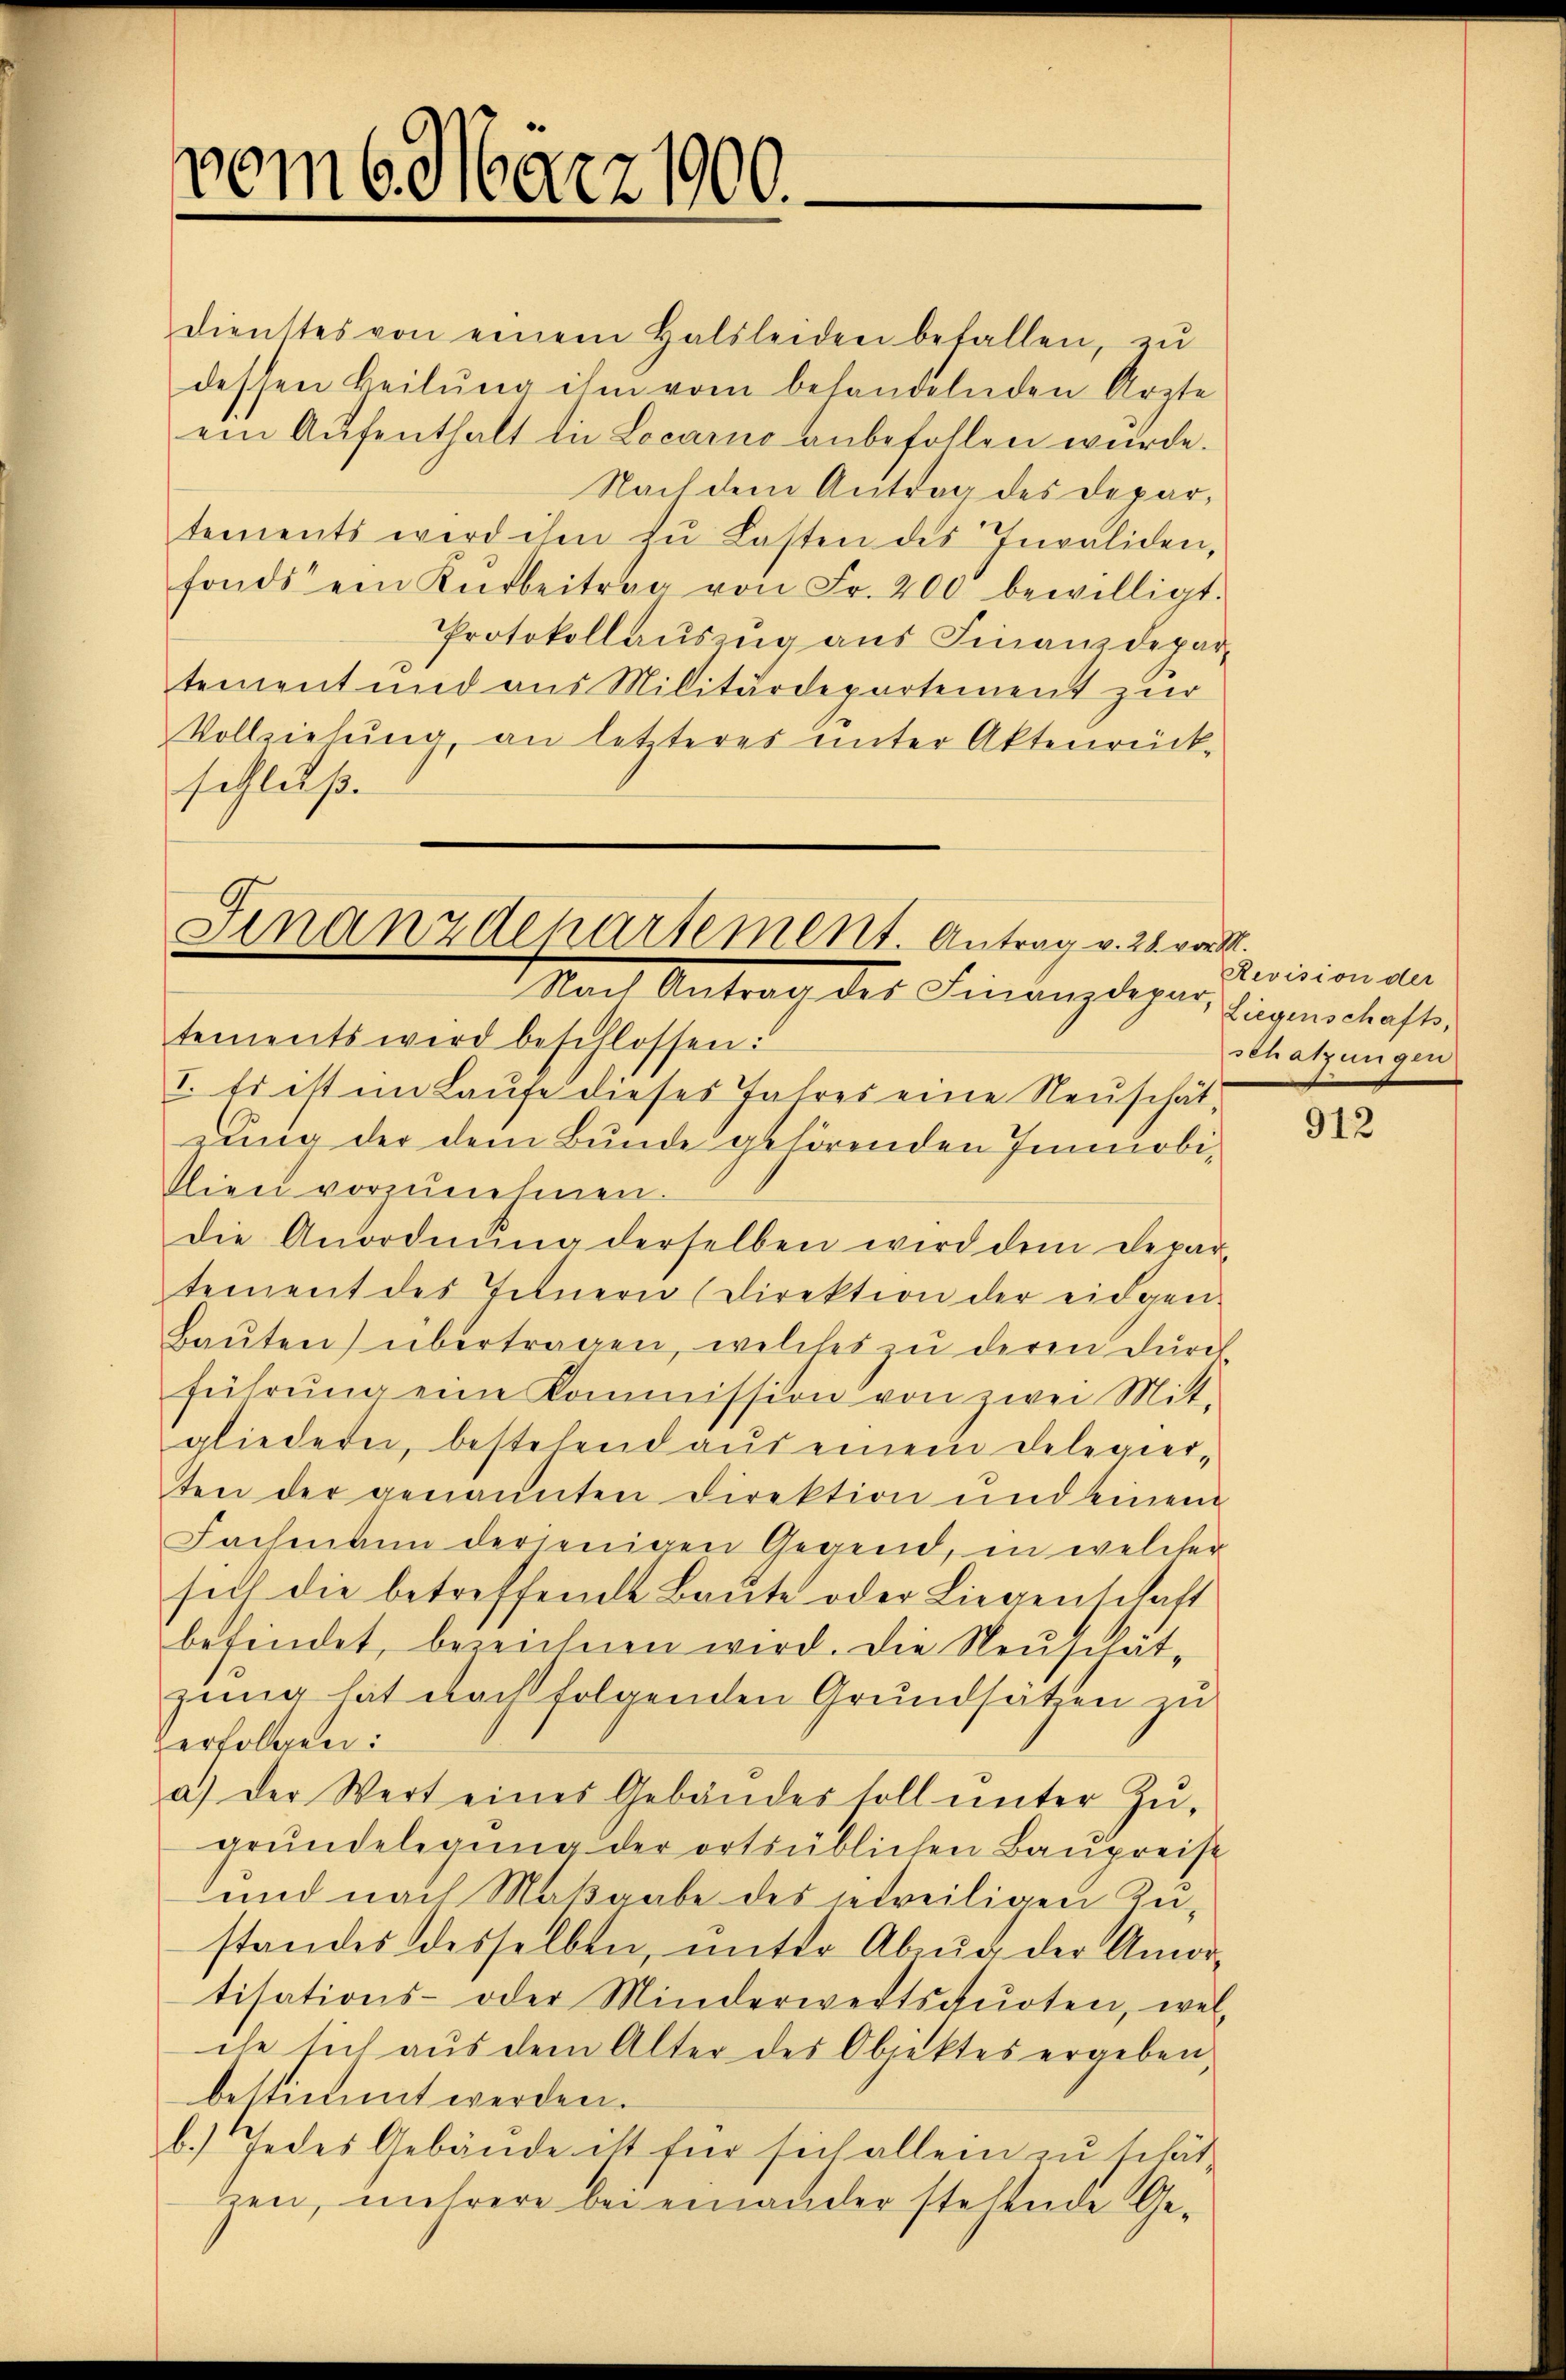
vom 6. März 1900.

dienstes von einem Halsleiden befallen, zŭ
dessen Heilung ihm vom behandelnden Ärzte
ein Aŭfenthalt die Locarne anbefollen würde.
Nach dem Antrag des Departements wird ihm zŭ Lasten des Invaliden,
fonds ein Kŭrbeitrag von Fr. 200 bewilligt.
Protokollauszug aus Finanzdepartement und aus Militärdepartement zur
Vollziehung an letzteres unter Aktenrück-
schluß.

Finanzdepartement. Antrag v. 21. von M.
Nach Antrag des Finanzdepar

tements wird beschlossen:
I. Es ist im Laŭfe dieses Jahres eine Neuschätdung der dem Bunde gehörenden Immobitlien vorzŭnehmen.
die Anordnŭng derselben wird dem Depar-
tement des Innern (Direktion der eidgen.
Baŭten) übertragen, welches zu deren durch
führŭng eine Kommission von zwei Mit-
gliedeten, bestehend aŭf einem delegier-
ten der genannten Direktion und einem
Fachmann derjenigen Gegend, in welcher
sich die betreffende Baŭte oder Liegenschaft
befindet, bezeichnen wird. Die Neusitätzung hat nach folgenden Grundsätzen zu
Verfolgen:
a.) Der Wert eines Gebäudes soll ŭnter Zŭ-
grŭndeligŭng der ortsüblichen Baŭpreise
und nach Maßgabe des jetweiligen Zu-
standes desselben, unter Abzug der Amor-
tisations- oder Minderwertsqŭoten, wel
che sich aus dem Alter des Objektes ergeben,
bestimmt werden.
b.) Jedes Gebäude ist für sich allein zu schätzen, mehrere bei einander stehende Ge¬

Revision der
Liegenschafts,
Schatzungen

912